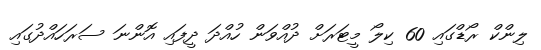
ލިންކް ރޯޑްގައި 60 ކިލޯ މީޓަރަށް ދުއްވަން ހުއްދަ ދީފައި އޮންނަ ސަރަހައްދުގައި